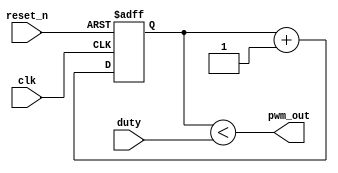
`timescale 1ns / 1ps
//////////////////////////////////////////////////////////////////////////////////
// Company: 
// Engineer: 
// 
// Design Name: 
// Module Name: pwm_basic
// Project Name: 
// Target Devices: 
// Tool Versions: 
// Description: 
// 
// Dependencies: 
// 
// Revision:
// Revision 0.01 - File Created
// Additional Comments:
// 
//////////////////////////////////////////////////////////////////////////////////


module pwm_basic
    #(parameter R = 8)
    (
    input clk,
    input reset_n,
    input [R-1:0] duty,
    output pwm_out
    );
    // UP counter
    reg [R-1:0] Q_reg, Q_next;
    
    always @ (posedge clk, negedge reset_n)
    begin
        if (~reset_n)
            Q_reg <= 'b0;
         else
            Q_reg <= Q_next;
    end
    //Next State Logic
    always @ (*)
    begin
        Q_next = Q_reg + 1;
    end
     
     // Output logic
     assign pwm_out = (Q_reg< duty);
endmodule